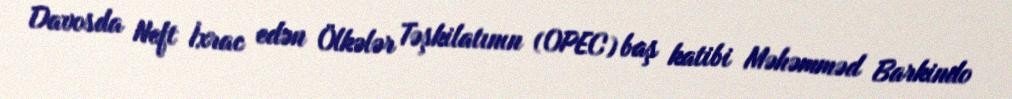
Davosda Neft İxrac edən Ölkələr Təşkilatının (OPEC) baş katibi Məhəmməd Barkindo